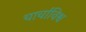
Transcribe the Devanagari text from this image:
चार्चाविश्व